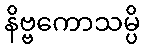
နိဗ္ဗကောသမ္ပိ